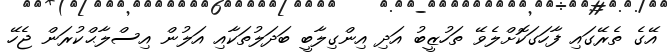
އޭގެ ތެރޭގައި ފާހަގަކޮށްލެވޭ ތަހުޒީބު އަދި އިންގިލާބީ ބަދަލުތަކާއި އަލުން އިސްލާޙްކުރަން ޖެހޭ